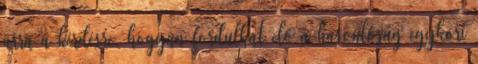
arra a kérdésre, hogyan fordulhat elő a hasonlóság egykori